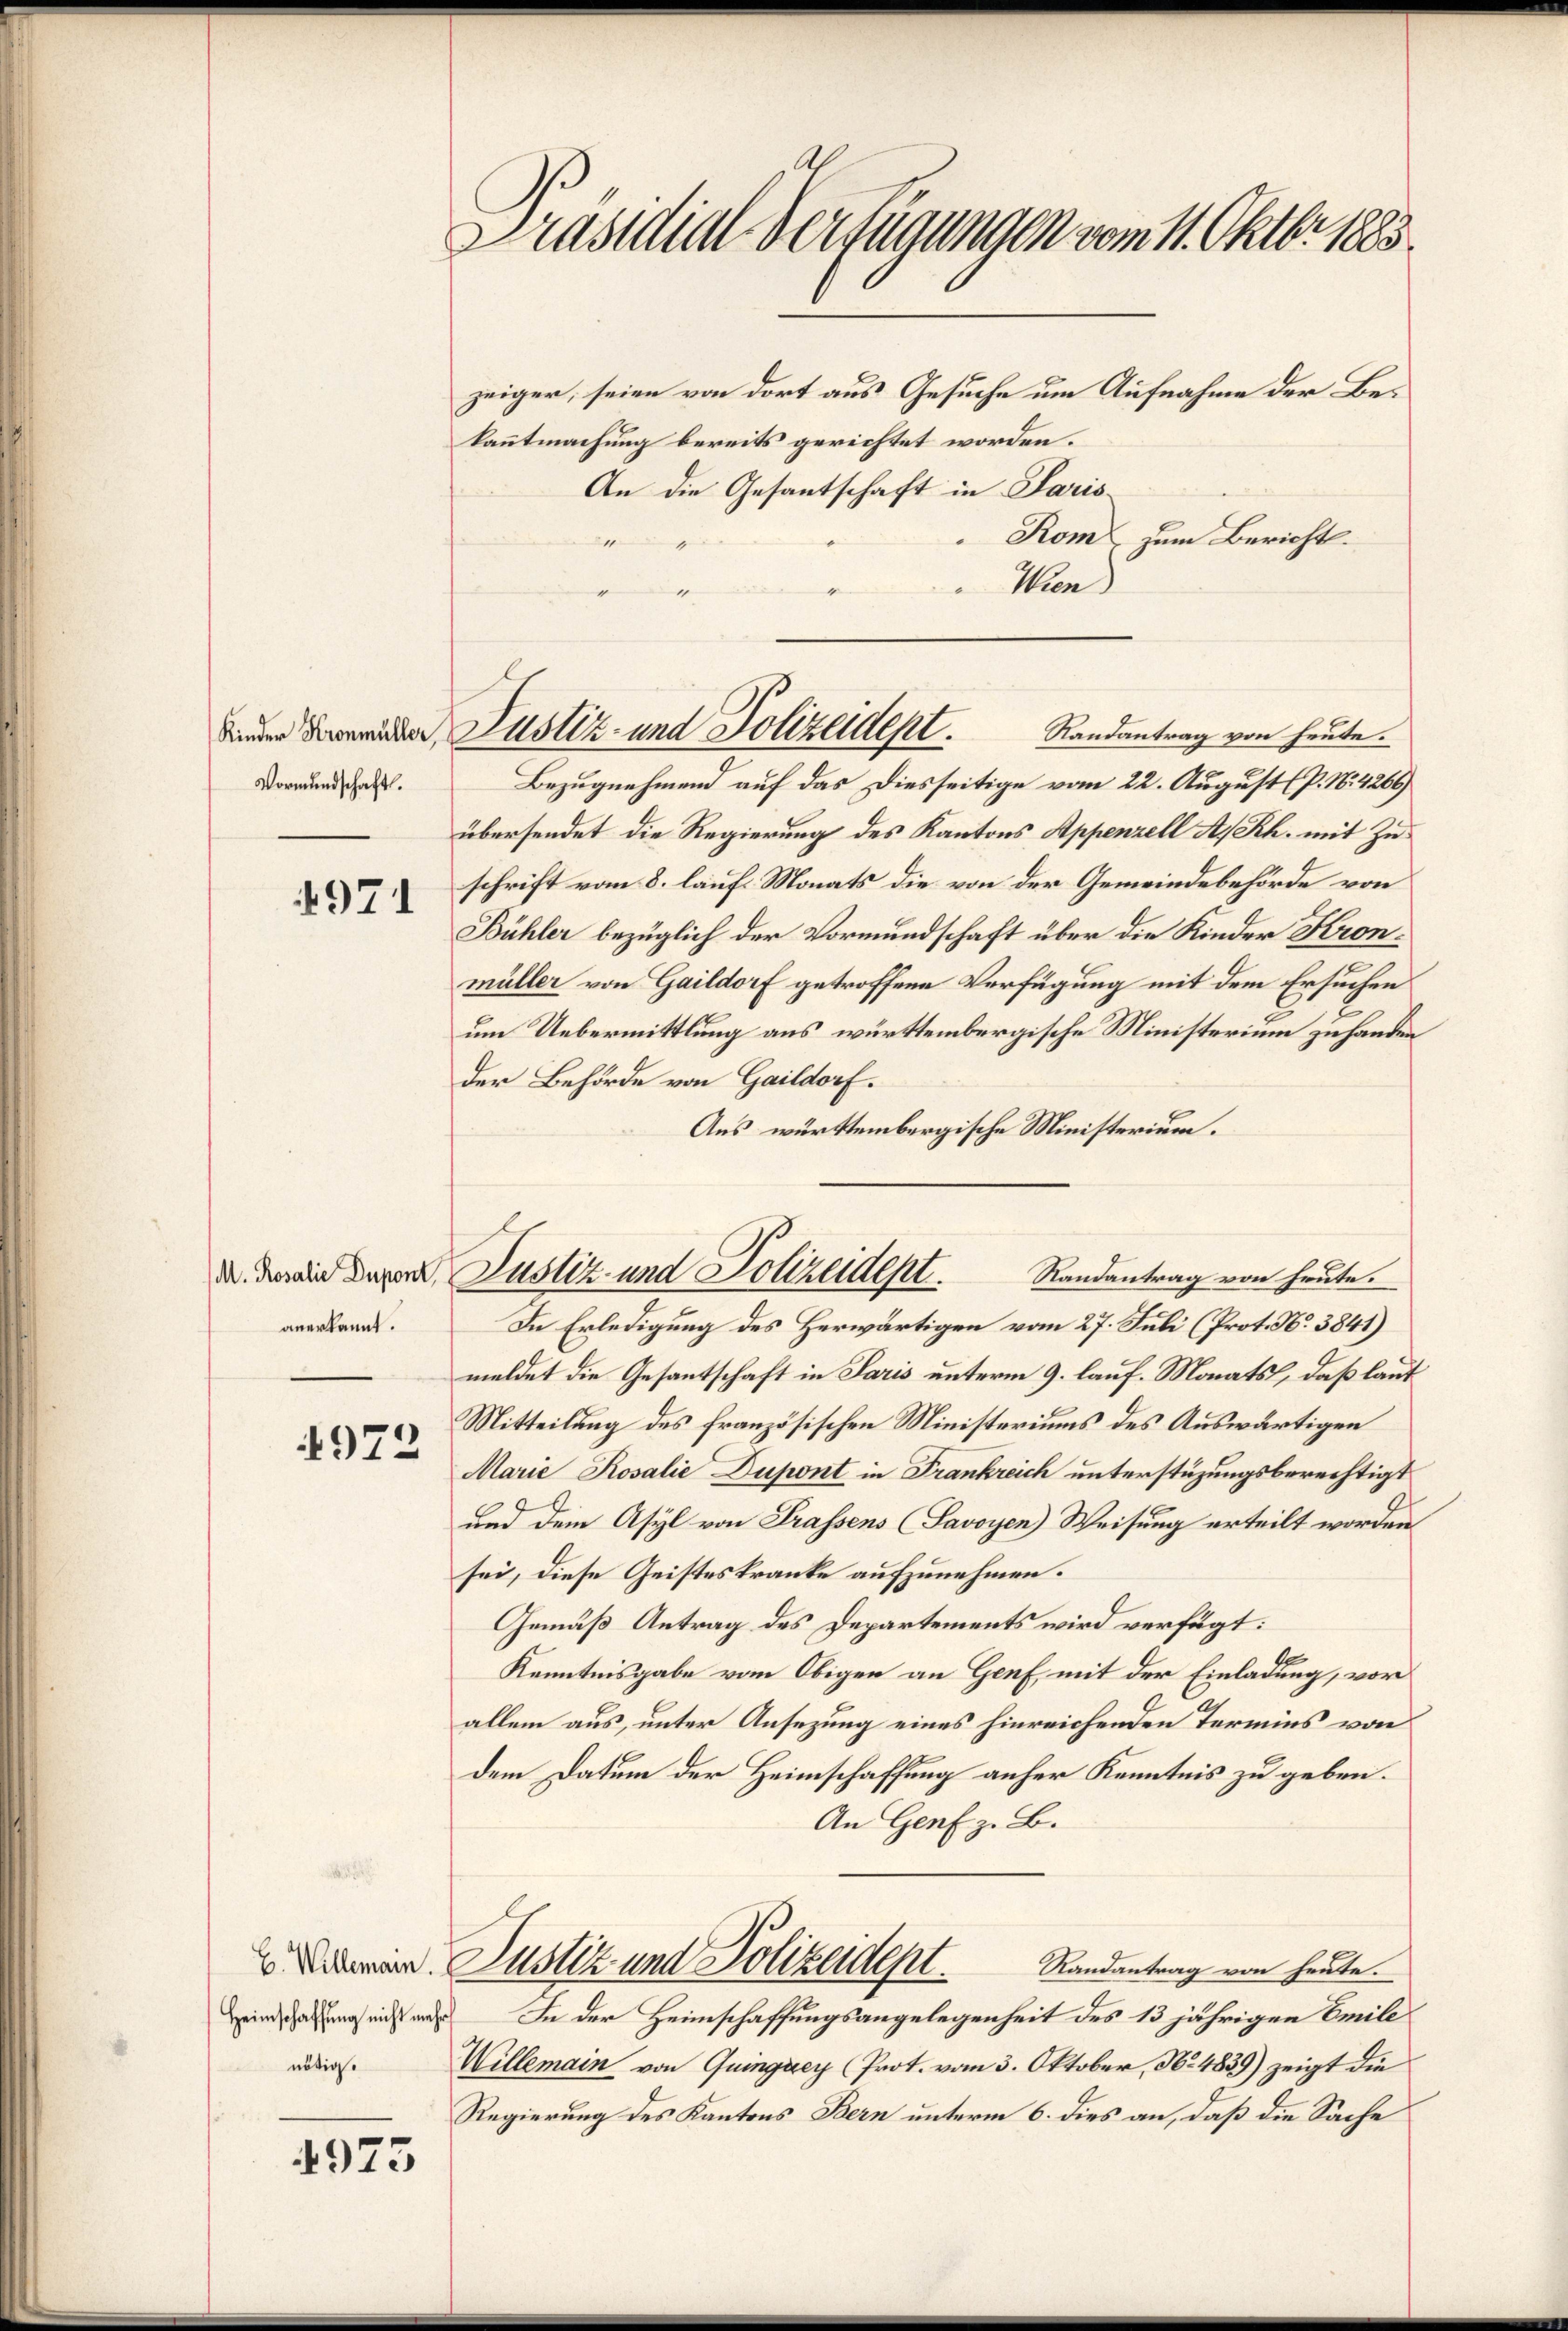
Kinder Kronmüller,
Vormundschaft.

971

anerkannt.

972

nötig.

4973

Präsidial-Verfügungen vom 11. Oktbr 1883.

zeiger, seien von dort aus Gesuche um Aufnahme der Bekanntmachung bereits gerichtet worden.
An die Gesantschaft in Paris
Rom, zum Bericht.
de die |
Wien
|
Randantrag von heute.
Bezugnehmend auf das Diesseitige vom 22. August (P. Nr. 4266)
übersendet die Regierung des Kantons Appenzell A/Rh. mit Zuschrift vom 8. lauf Monats die von der Gemeindebehörde von
Bühler bezüglich der Vormundschaft über die Kinder Kronmüller von Gaildorf getroffene Verfügung mit dem Ersuchen
um Uebermittlung aus württembergische Ministerium zu handen
der Behörde von Gaildorf.
Aus württembergische Ministerium.
Randantrag von heute.
In Erledigung des Herwärtigen vom 27. Juli (Prot. No. 3841)
meldet die Gesantschaft in Paris unterm 9. lauf. Monats, daß laut
Mitteilung des französischen Ministeriums des Auswärtigen
Marie Rosalie Dupont in Frankreich unterstüzungsberechtigt
und dem Asyl von Trassens (Savoyen) Weisung erteilt worden.
sei, diese Geisteskranke aufzunehmen.
Gemäß Antrag des Departements wird verfügt:
Kenntnisgabe vom Obigen an Genf mit der Einladung, vor
allein aus, unter Ansezung eines hinreichenden Termins von
dem Datum der Heimschaffung anher Kenntnis zu geben.
An Genf z. B.
 Arien. Justiz und Polizeidept.
Randantrag von heute.
Heinschatzung ein aus In der Heimschaffungsangelegenheit des 13 jährigen Emile
Willemain von Quingzey (Prot. vom 3. Oktober, No. 4839) zeigt die
Regierung des Kantons Bern unterm 6. dies an, daß die Sache

Justiz- und Polizeidept.

d. daran daher Justiz- und Polizeident